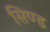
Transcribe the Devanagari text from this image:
सिण्ड